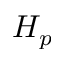
H _ { p }